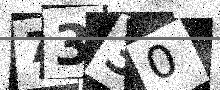
Text: 7330